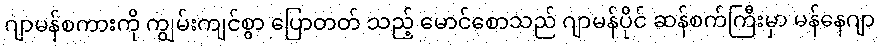
ဂျာမန်စကားကို ကျွမ်းကျင်စွာ ပြောတတ် သည့် မောင်စောသည် ဂျာမန်ပိုင် ဆန်စက်ကြီးမှာ မန်နေဂျာ